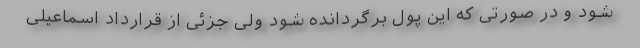
شود و در صورتی که این پول برگردانده شود ولی جزئی از قرارداد اسماعیلی